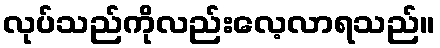
လုပ်သည်ကိုလည်းလေ့လာရသည်။